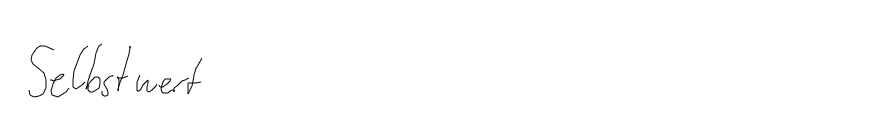
Selbstwert